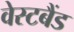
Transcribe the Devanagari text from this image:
वेस्टबैंड